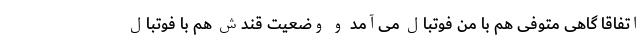
اتفاقا گاهی متوفی هم با من فوتبال می‌آمد و وضعیت قندش هم با فوتبال